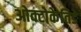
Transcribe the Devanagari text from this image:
ओक्टोकेतिडे